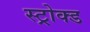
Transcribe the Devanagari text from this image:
स्ट्रोक्ड